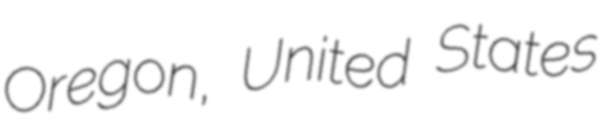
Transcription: Oregon, United States